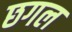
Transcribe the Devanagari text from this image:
छगल